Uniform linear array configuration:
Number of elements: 8
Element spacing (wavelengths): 0.25
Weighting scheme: exponential
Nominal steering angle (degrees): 30
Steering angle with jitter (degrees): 30.23
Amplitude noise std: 0.05
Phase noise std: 0.05

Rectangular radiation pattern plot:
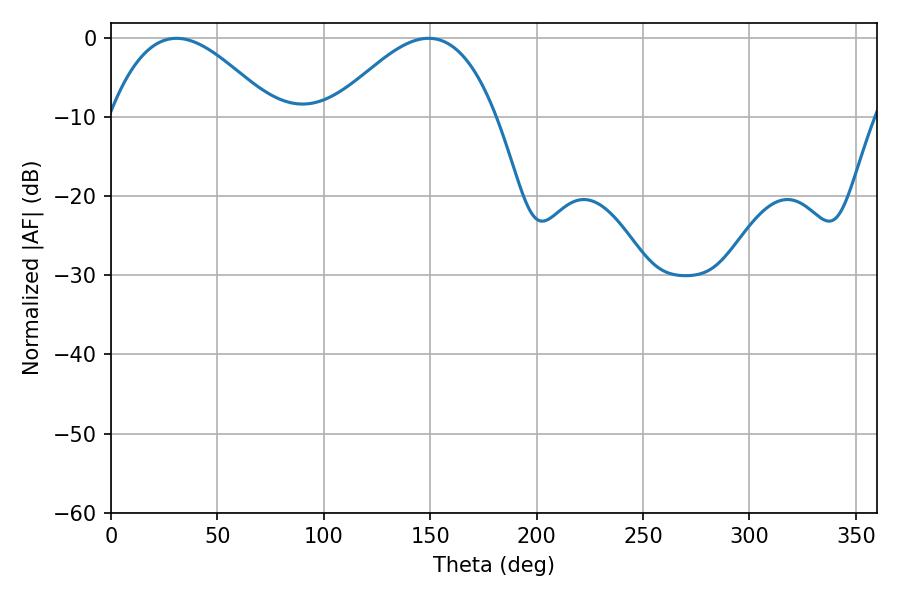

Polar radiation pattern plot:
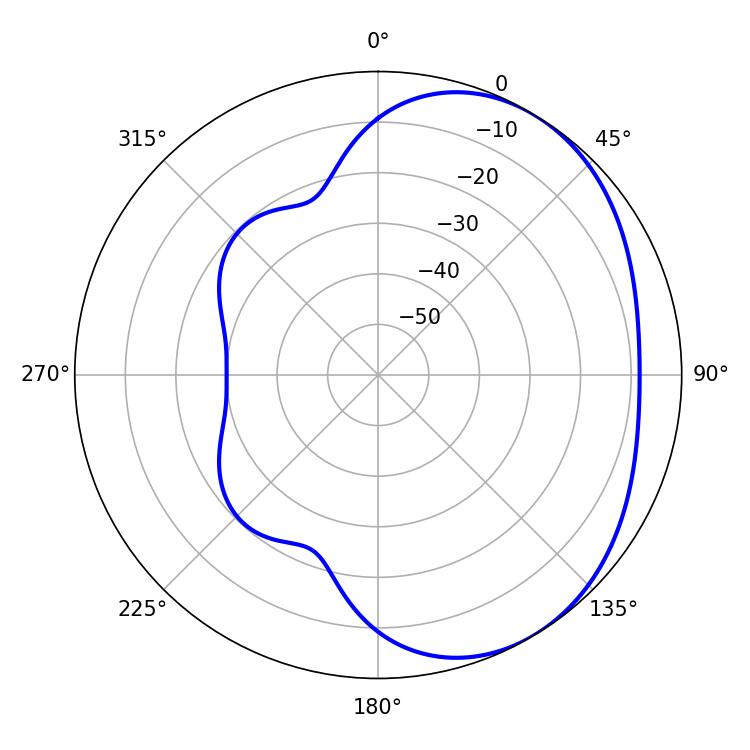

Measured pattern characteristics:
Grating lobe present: FALSE
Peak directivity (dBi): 3.373
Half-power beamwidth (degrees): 41.94
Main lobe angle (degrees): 30.78